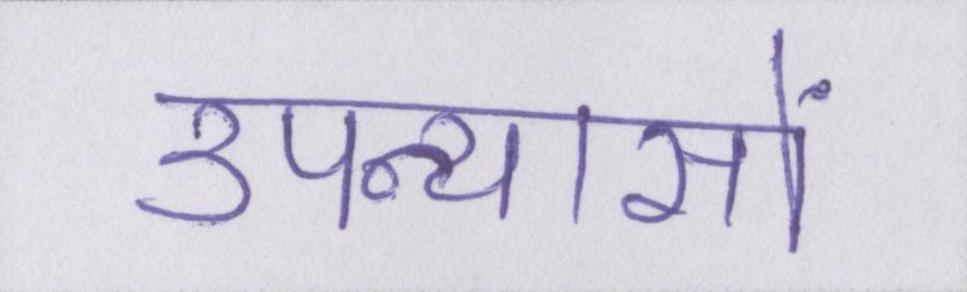
उपन्यासों